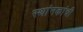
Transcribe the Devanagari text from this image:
स्थांनकांची